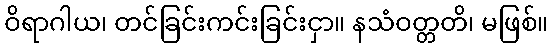
ဝိရာဂါယ၊ တင်ခြင်းကင်းခြင်းငှာ။ နသံဝတ္တတိ၊ မဖြစ်။